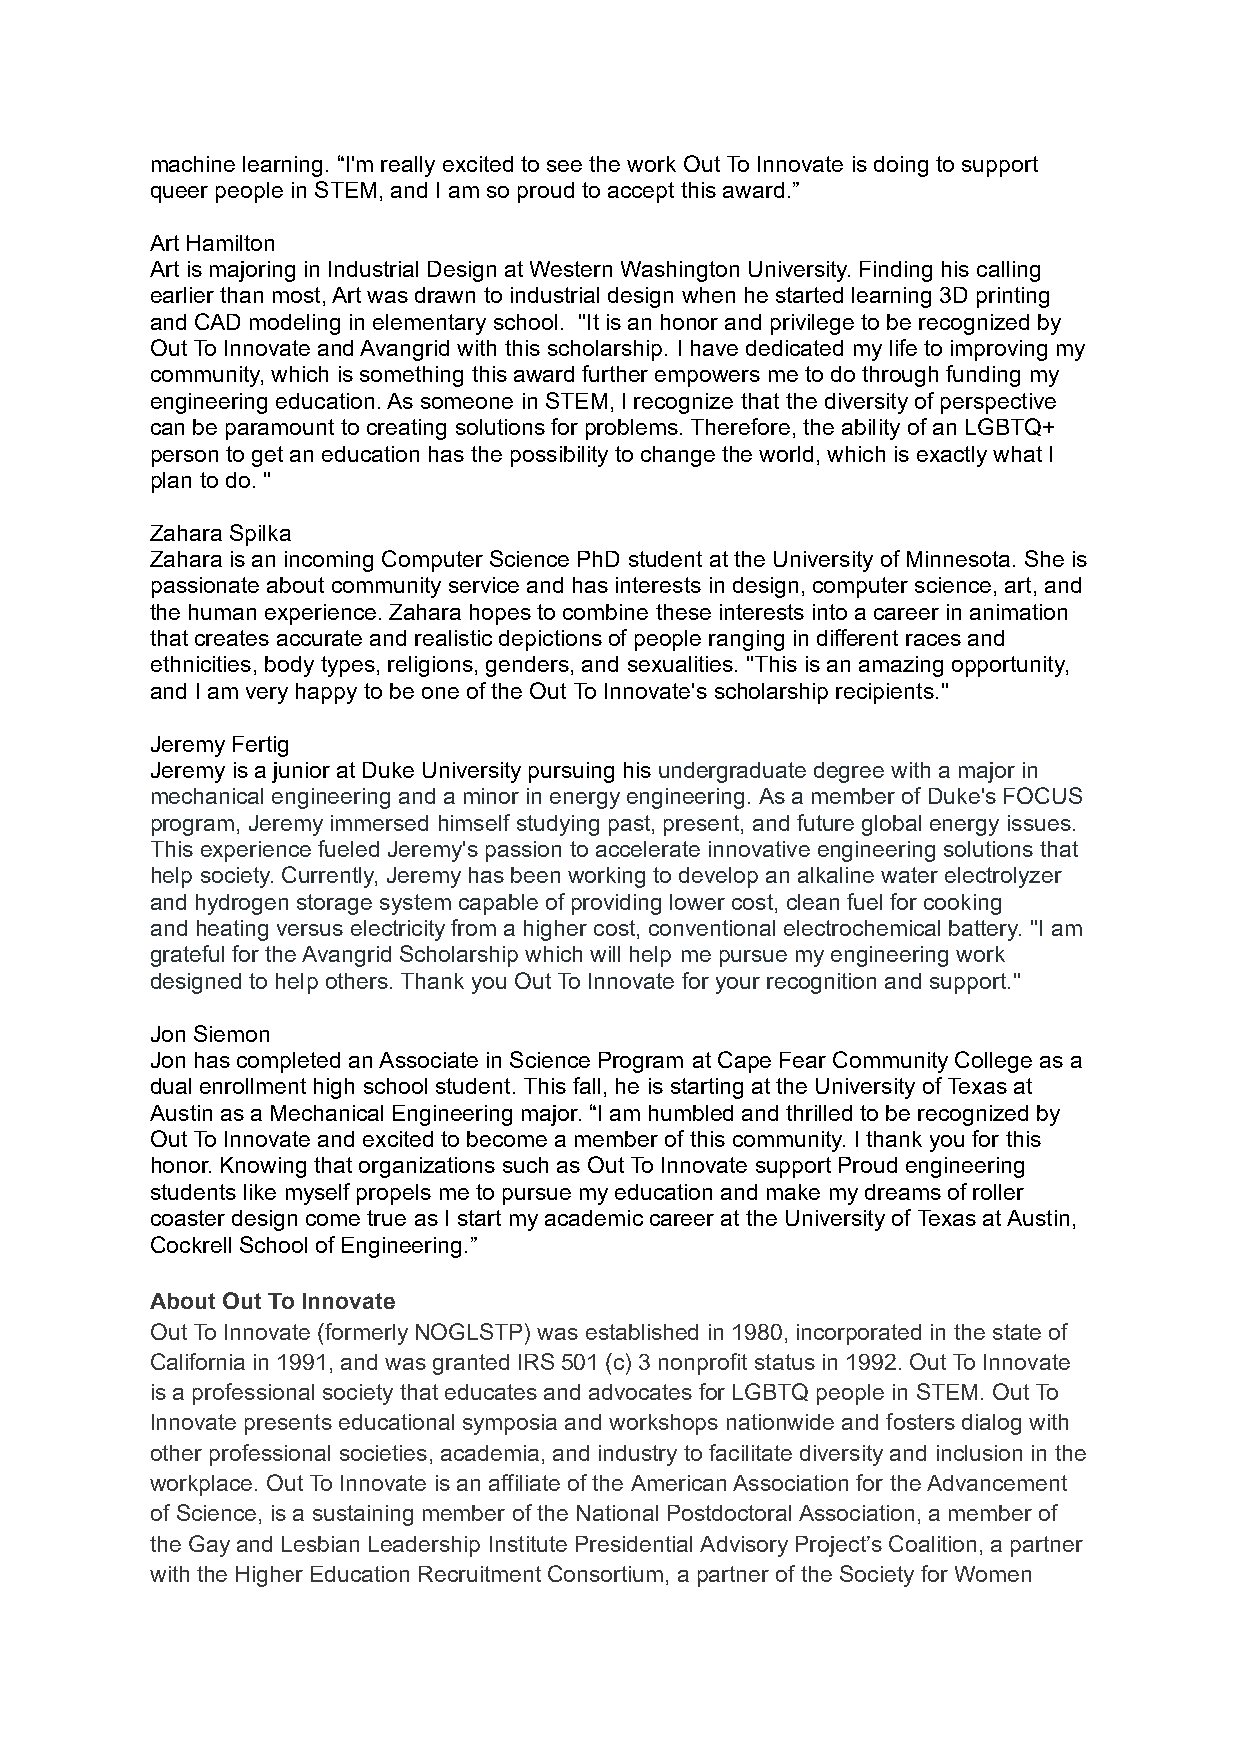
machine learning. “I'm really excited to see the work Out To Innovate is doing to support
 queer people in STEM, and I am so proud to accept this award.”
 Art Hamilton
 Art is majoring in Industrial Design at Western Washington University. Finding his calling
 earlier than most, Art was drawn to industrial design when he started learning 3D printing
 and CAD modeling in elementary school. "It is an honor and privilege to be recognized by
 Out To Innovate and Avangrid with this scholarship. I have dedicated my life to improving my
 community, which is something this award further empowers me to do through funding my
 engineering education. As someone in STEM, I recognize that the diversity of perspective
 can be paramount to creating solutions for problems. Therefore, the ability of an LGBTQ+
 person to get an education has the possibility to change the world, which is exactly what I
 plan to do. "
 Zahara Spilka
 Zahara is an incoming Computer Science PhD student at the University of Minnesota. She is
 passionate about community service and has interests in design, computer science, art, and
 the human experience. Zahara hopes to combine these interests into a career in animation
 that creates accurate and realistic depictions of people ranging in different races and
 ethnicities, body types, religions, genders, and sexualities. "This is an amazing opportunity,
 and I am very happy to be one of the Out To Innovate's scholarship recipients."
 Jeremy Fertig
 Jeremy is a junior at Duke University pursuing his undergraduate degree with a major in
 mechanical engineering and a minor in energy engineering. As a member of Duke's FOCUS
 program, Jeremy immersed himself studying past, present, and future global energy issues.
 This experience fueled Jeremy's passion to accelerate innovative engineering solutions that
 help society. Currently, Jeremy has been working to develop an alkaline water electrolyzer
 and hydrogen storage system capable of providing lower cost, clean fuel for cooking
 and heating versus electricity from a higher cost, conventional electrochemical battery. "I am
 grateful for the Avangrid Scholarship which will help me pursue my engineering work
 designed to help others. Thank you Out To Innovate for your recognition and support."
 Jon Siemon
 Jon has completed an Associate in Science Program at Cape Fear Community College as a
 dual enrollment high school student. This fall, he is starting at the University of Texas at
 Austin as a Mechanical Engineering major. “I am humbled and thrilled to be recognized by
 Out To Innovate and excited to become a member of this community. I thank you for this
 honor. Knowing that organizations such as Out To Innovate support Proud engineering
 students like myself propels me to pursue my education and make my dreams of roller
 coaster design come true as I start my academic career at the University of Texas at Austin,
 Cockrell School of Engineering.”
 About Out To Innovate
 Out To Innovate (formerly NOGLSTP) was established in 1980, incorporated in the state of
 California in 1991, and was granted IRS 501 (c) 3 nonprofit status in 1992. Out To Innovate
 is a professional society that educates and advocates for LGBTQ people in STEM. Out To
 Innovate presents educational symposia and workshops nationwide and fosters dialog with
 other professional societies, academia, and industry to facilitate diversity and inclusion in the
 workplace. Out To Innovate is an affiliate of the American Association for the Advancement
 of Science, is a sustaining member of the National Postdoctoral Association, a member of
 the Gay and Lesbian Leadership Institute Presidential Advisory Project’s Coalition, a partner
 with the Higher Education Recruitment Consortium, a partner of the Society for Women